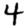
Digit: 4